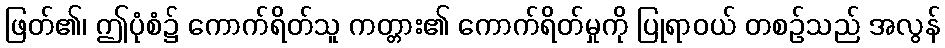
ဖြတ်၏၊ ဤပုံစံ၌ ကောက်ရိတ်သူ ကတ္တား၏ ကောက်ရိတ်မှုကို ပြုရာဝယ် တစဉ်သည် အလွန်